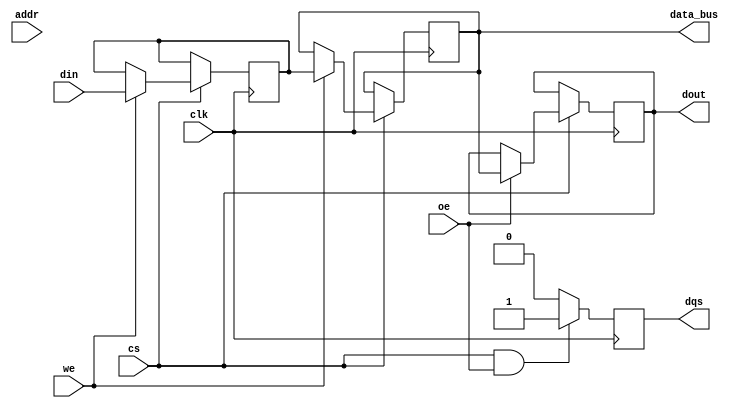
module sdram_io_block #(
    parameter DATA_WIDTH = 16, // Data width (8, 16, or 32 bits)
    parameter ADDR_WIDTH = 12   // Address width (for example)
)(
    input wire clk,             // Clock input
    input wire cs,              // Chip Select
    input wire we,              // Write Enable
    input wire oe,              // Output Enable
    input wire [ADDR_WIDTH-1:0] addr, // Address lines
    input wire [DATA_WIDTH-1:0] din,  // Data input
    output reg [DATA_WIDTH-1:0] dout,  // Data output
    output reg dqs,             // Data Strobe
    output reg [DATA_WIDTH-1:0] data_bus // Bi-directional data bus
);

    // Internal registers for data buffers
    reg [DATA_WIDTH-1:0] input_buffer;
    reg [DATA_WIDTH-1:0] output_buffer;

    // State for refresh control (optional)
    reg refresh_state;

    // Timing control parameters (for example)
    localparam REFRESH_INTERVAL = 100; // Example refresh interval
    localparam DATA_LATENCY = 2; // Example data latency

    // Process for handling read and write operations
    always @(posedge clk) begin
        if (cs) begin
            // Handle write operation
            if (we) begin
                input_buffer <= din; // Capture incoming data
                // Simulate a write delay
                #DATA_LATENCY data_bus <= input_buffer; // Write data to data bus
            end
            
            // Handle read operation
            if (oe) begin
                // Simulate a read delay
                #DATA_LATENCY dout <= data_bus; // Drive data onto the output
            end
        end
    end

    // Data strobe generation
    always @(posedge clk) begin
        if (cs && oe) begin
            dqs <= 1'b1; // Assert DQS during read
        end else begin
            dqs <= 1'b0; // Deassert DQS
        end
    end

    // Refresh control (optional)
    always @(posedge clk) begin
        if (refresh_state) begin
            // Implement refresh logic here
            // This is a placeholder for actual refresh logic
        end
    end

    // Power management (optional)
    // Implement sleep mode logic based on specific low-power signals

endmodule